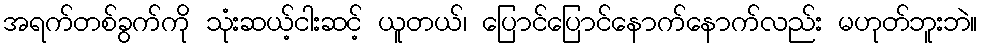
အရက်တစ်ခွက်ကို သုံးဆယ့်ငါးဆင့် ယူတယ်၊ ပြောင်ပြောင်နောက်နောက်လည်း မဟုတ်ဘူးဘဲ။